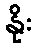
နိုး